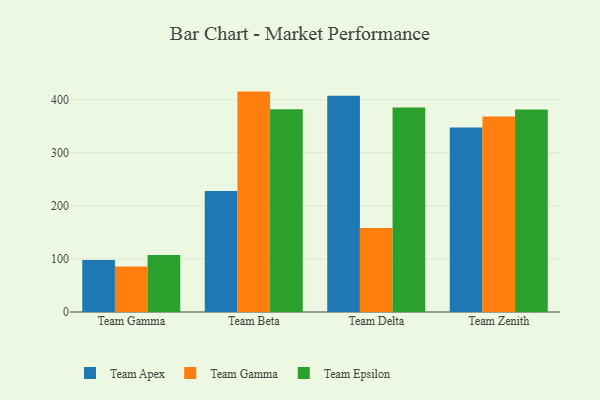
{"axis": {"x": "Team", "y": "Budget (USD K)"}, "legend": ["Team Apex", "Team Epsilon", "Team Gamma"], "data": [{"x": "Team Gamma", "y": 97.9, "type": "Team Apex"}, {"x": "Team Gamma", "y": 85.9, "type": "Team Gamma"}, {"x": "Team Gamma", "y": 107.4, "type": "Team Epsilon"}, {"x": "Team Beta", "y": 228.0, "type": "Team Apex"}, {"x": "Team Beta", "y": 415.1, "type": "Team Gamma"}, {"x": "Team Beta", "y": 382.0, "type": "Team Epsilon"}, {"x": "Team Delta", "y": 407.2, "type": "Team Apex"}, {"x": "Team Delta", "y": 158.2, "type": "Team Gamma"}, {"x": "Team Delta", "y": 385.0, "type": "Team Epsilon"}, {"x": "Team Zenith", "y": 347.5, "type": "Team Apex"}, {"x": "Team Zenith", "y": 368.4, "type": "Team Gamma"}, {"x": "Team Zenith", "y": 381.5, "type": "Team Epsilon"}]}